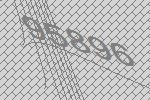
95896